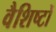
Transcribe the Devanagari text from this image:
वैशिष्टों